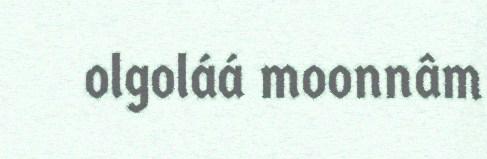
olgoláá moonnâm